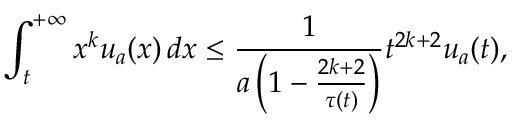
\int _ { t } ^ { + \infty } x ^ { k } u _ { a } ( x ) \, d x \leq \frac { 1 } { a \left( 1 - \frac { 2 k + 2 } { \tau ( t ) } \right) } t ^ { 2 k + 2 } u _ { a } ( t ) ,